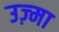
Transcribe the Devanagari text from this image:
उज़्मा